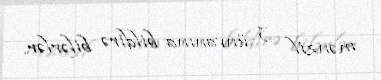
mənzil 3 ünvanına bildirə bilərlər.